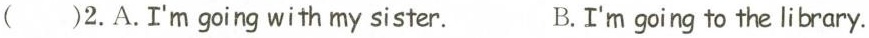
( )2.A.I'm going with my sister. B.I'm going to the library.